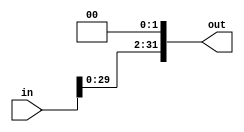
//LeftShift2.v

module LeftShift2(
	input wire [31:0] in,
	output reg [31:0] out
	);
	
	always @* begin
		out = in << 2;
	end
endmodule